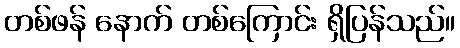
တစ်ဖန် နောက် တစ်ကြောင်း ရှိပြန်သည်။